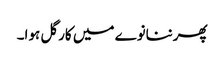
پھرننانوے میں کارگل ہوا۔